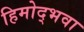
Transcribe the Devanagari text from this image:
हिमोद्भवा